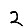
Digit: 2